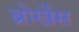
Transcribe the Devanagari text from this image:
ब्रोर्खेस